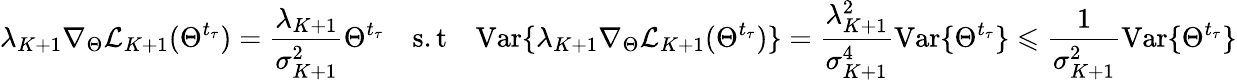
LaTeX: \lambda_{K+1}\nabla_{\Theta}\mathcal{L}_{K+1}(\Theta^{t_{\tau}})=\frac{\lambda_{K+1}}{\sigma_{K+1}^{2}}\Theta^{t_{\tau}}\quad\mathrm{s.t}\quad\mathrm{Var}\{ \lambda_{K+1}\nabla_{\Theta}\mathcal{L}_{K+1}(\Theta^{t_{\tau}})\} =\frac{\lambda_{K+1}^{2}}{\sigma_{K+1}^{4}}\mathrm{Var}\{ \Theta^{t_{\tau}}\} \leqslant\frac{1}{\sigma_{K+1}^{2}}\mathrm{Var}\{ \Theta^{t_{\tau}}\}